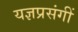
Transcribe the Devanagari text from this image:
यज्ञप्रसंगीं